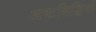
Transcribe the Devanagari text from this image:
अष्टसिद्धियों